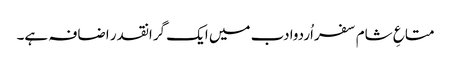
متاعِ شام سفراُردوادب میں ایک گرانقدر اضافہ ہے۔